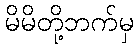
မိမိတို့ဘက်မှ